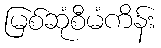
မြစ်ဆုံစီမံကိန်း